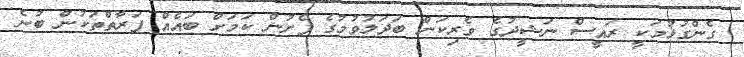
ގެންގުޅުމަކީ ރައީސް ނަޝީދުގެ ވެރިކަން ބަދަލުވުމުގެ ފެށުން ކަމަށް ބައެއް ފަރާތްތަކުން ބުނެ